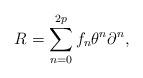
LaTeX: \begin{align*}R=\sum_{n=0}^{2p}f_n\theta^n\partial^n,\end{align*}